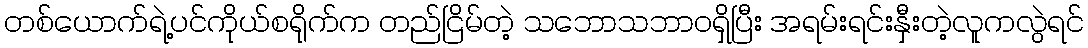
တစ်ယောက်ရဲ့ပင်ကိုယ်စရိုက်က တည်ငြိမ်တဲ့ သဘောသဘာဝရှိပြီး အရမ်းရင်းနှီးတဲ့လူကလွဲရင်